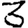
Digit: 3